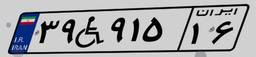
۷۰W۰۰۳۱۱